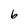
Character: 6